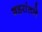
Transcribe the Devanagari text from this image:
शहरांतले